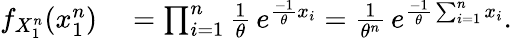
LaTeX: \begin{array}{rl}{f_{X_{1}^{n}}(x_{1}^{n})}&{{}=\prod_{i=1}^{n}{\frac{1}{\theta}}\, e^{{\frac{-1}{\theta}}x_{i}}={\frac{1}{\theta^{n}}}\, e^{{\frac{-1}{\theta}}\sum_{i=1}^{n}x_{i}}.}\end{array}